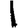
Digit: 1